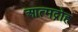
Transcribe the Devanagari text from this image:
आत्मद्रोह